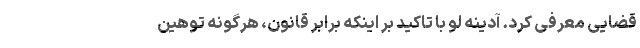
قضایی معرفی کرد. آدینه ‌لو با تاکید بر اینکه برابر قانون، هرگونه توهین